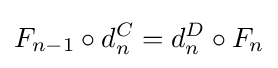
F_{n-1}\circ d_{n}^{C}=d_{n}^{D}\circ F_{n}